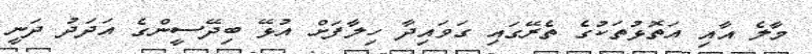
މާލެ އާއި އަތޮޅުތަކުގެ ތެރޭގައި ގަވައިދާ ހިލާފަށް އުޅޭ ބިދޭސީންގެ އަދަދު ދަނީ